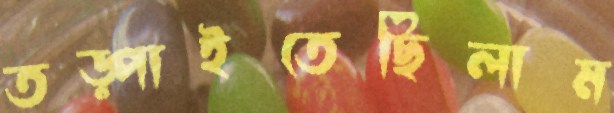
তড়্‌পাইতেছিলাম